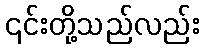
၎င်းတို့သည်လည်း